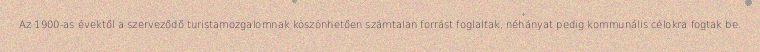
Az 1900-as évektől a szerveződő turistamozgalomnak köszönhetően számtalan forrást foglaltak, néhányat pedig kommunális célokra fogtak be.